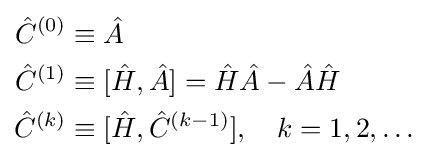
{\begin{aligned}{\hat {C}}^{(0)}&\equiv {\hat {A}}\\{\hat {C}}^{(1)}&\equiv [{\hat {H}},{\hat {A}}]={\hat {H}}{\hat {A}}-{\hat {A}}{\hat {H}}\\{\hat {C}}^{(k)}&\equiv [{\hat {H}},{\hat {C}}^{(k-1)}],\ \ \ k=1,2,\ldots \end{aligned}}